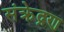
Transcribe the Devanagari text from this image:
संक्रेद्रण